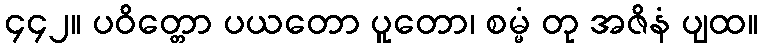
၄၄၂။ ပဝိတ္တော ပယတော ပူတော၊ စမ္မံ တု အဇိနံ ပျထ။